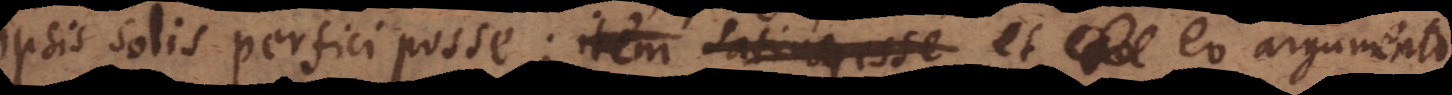
ipsis solis perfici posse; item satiusque et eo argumento